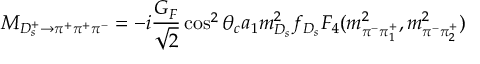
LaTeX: { \frac { \alpha _ { S } ( M _ { Z } ) } { \alpha _ { S } ( \mu ) } } = 1 - \beta _ { 0 } { \frac { \alpha _ { S } ( M _ { Z } ) } { 2 \pi } } \ln \left( { \frac { M _ { Z } } { \mu } } \right)